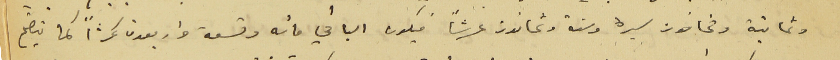
وثمانية وثمانون ليرة وستة وثمانون غرشاً فيكون الباقي مائه وتسعة واربعون غرشًا كما يتضّح